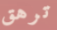
ترهق